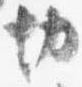
切